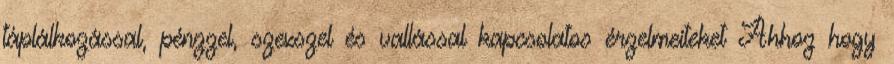
táplálkozással, pénzzel, szexszel és vallással kapcsolatos érzelmeiteket Ahhoz hogy